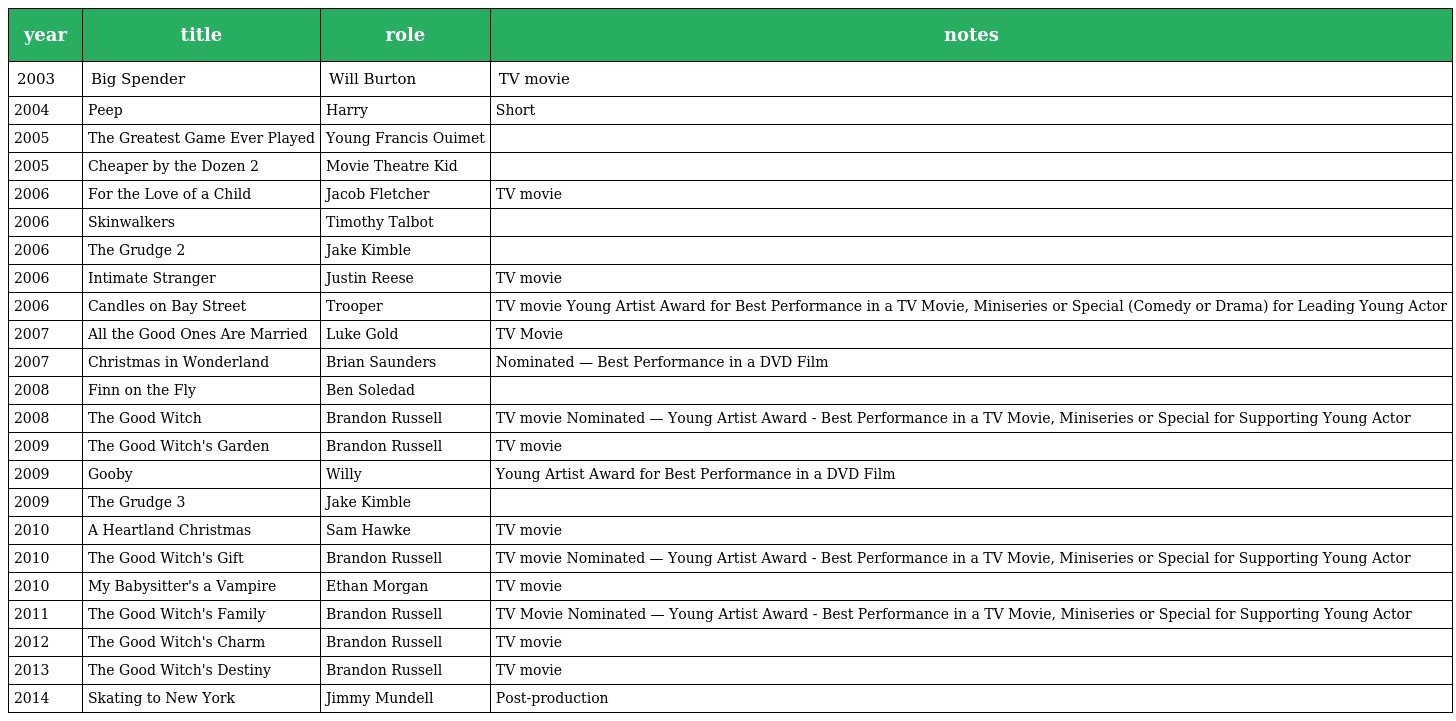
| year | title | role | notes |
 | --- | --- | --- | --- |
 | 2003 | Big Spender | Will Burton | TV movie |
 | 2004 | Peep | Harry | Short |
 | 2005 | The Greatest Game Ever Played | Young Francis Ouimet |  |
 | 2005 | Cheaper by the Dozen 2 | Movie Theatre Kid |  |
 | 2006 | For the Love of a Child | Jacob Fletcher | TV movie |
 | 2006 | Skinwalkers | Timothy Talbot |  |
 | 2006 | The Grudge 2 | Jake Kimble |  |
 | 2006 | Intimate Stranger | Justin Reese | TV movie |
 | 2006 | Candles on Bay Street | Trooper | TV movie Young Artist Award for Best Performance in a TV Movie, Miniseries or Special (Comedy or Drama) for Leading Young Actor |
 | 2007 | All the Good Ones Are Married | Luke Gold | TV Movie |
 | 2007 | Christmas in Wonderland | Brian Saunders | Nominated — Best Performance in a DVD Film |
 | 2008 | Finn on the Fly | Ben Soledad |  |
 | 2008 | The Good Witch | Brandon Russell | TV movie Nominated — Young Artist Award - Best Performance in a TV Movie, Miniseries or Special for Supporting Young Actor |
 | 2009 | The Good Witch's Garden | Brandon Russell | TV movie |
 | 2009 | Gooby | Willy | Young Artist Award for Best Performance in a DVD Film |
 | 2009 | The Grudge 3 | Jake Kimble |  |
 | 2010 | A Heartland Christmas | Sam Hawke | TV movie |
 | 2010 | The Good Witch's Gift | Brandon Russell | TV movie Nominated — Young Artist Award - Best Performance in a TV Movie, Miniseries or Special for Supporting Young Actor |
 | 2010 | My Babysitter's a Vampire | Ethan Morgan | TV movie |
 | 2011 | The Good Witch's Family | Brandon Russell | TV Movie Nominated — Young Artist Award - Best Performance in a TV Movie, Miniseries or Special for Supporting Young Actor |
 | 2012 | The Good Witch's Charm | Brandon Russell | TV movie |
 | 2013 | The Good Witch's Destiny | Brandon Russell | TV movie |
 | 2014 | Skating to New York | Jimmy Mundell | Post-production |